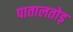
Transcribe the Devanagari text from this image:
पातालतोड़